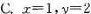
C. $$x = 1$$, $$y = 2$$